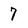
Character: 7